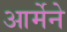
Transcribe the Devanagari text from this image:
आर्मेने